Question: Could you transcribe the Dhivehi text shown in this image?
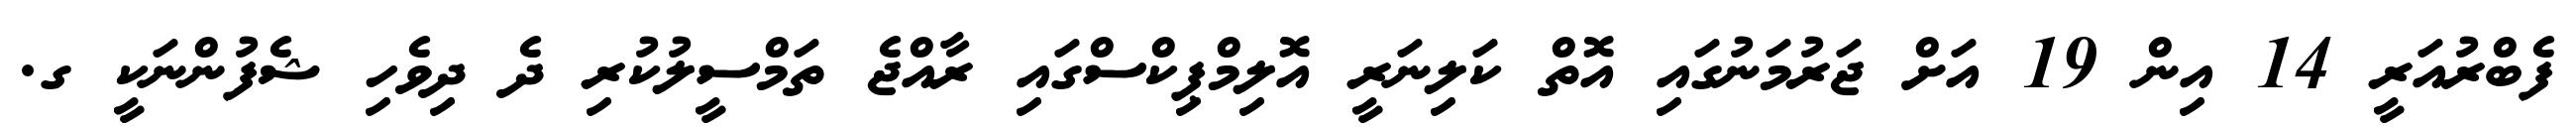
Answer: ފެބްރުއަރީ 14 އިން 19 އަށް ޖަރުމަނުގައި އޮތް ކަލިނަރީ އޮލިމްޕިކްސްގައި ރާއްޖެ ތަމްސީލުކުރި ދެ ދިވެހި ޝެފުންނަކީ ގ.